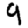
Digit: 9